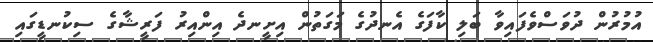
އުމުރުން ދުވަސްވެފައިވާ ބަލި ކާފަގެ އެނދުގެ މަގަތުން އިށީނދެ އިންއިރު ފަރީޝާގެ ސިކުނޑީގައި